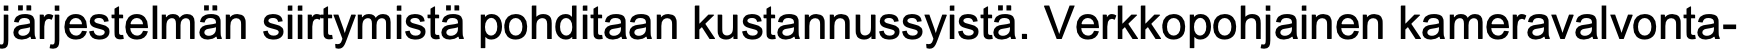
järjestelmän siirtymistä pohditaan kustannussyistä. Verkkopohjainen kameravalvonta-